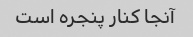
آنجا کنار پنجره است